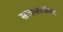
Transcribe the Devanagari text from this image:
सत्तास्पर्धेवर